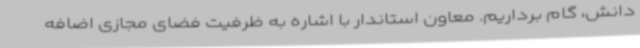
دانش، گام برداریم. معاون استاندار با اشاره به ظرفیت فضای مجازی اضافه